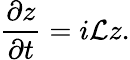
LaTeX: \frac{\partial z}{\partial t}=i\mathcal{L}z.